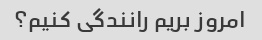
امروز بریم رانندگی کنیم؟